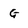
Character: G